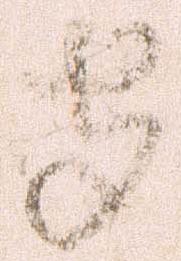
守